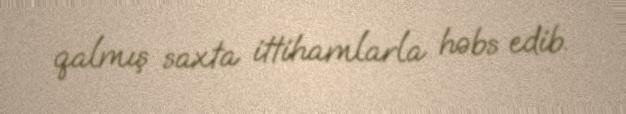
qalmış saxta ittihamlarla həbs edib.